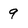
Character: 9